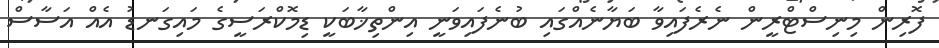
ފޮރިން މިނިސްޓްރީން ނެރެފައިވާ ބަޔާނެއްގައި ބުނެފައިވަނީ އިންތިޚާބަކީ ޑިމޮކްރަސީގެ މައިގަނޑު އެއް އަސާސް